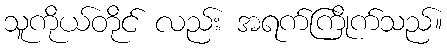
သူကိုယ်တိုင် လည်း အရက်ကြိုက်သည်။